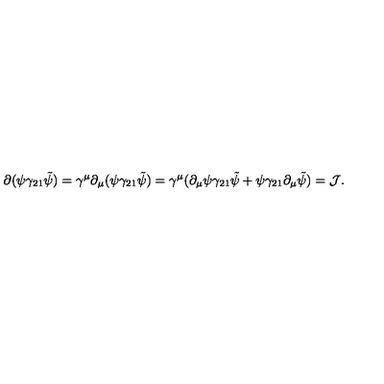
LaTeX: \partial ( \psi \gamma _ { 2 1 } \tilde { \psi } ) = \gamma ^ { \mu } \partial _ { \mu } ( \psi \gamma _ { 2 1 } \tilde { \psi } ) = \gamma ^ { \mu } ( \partial _ { \mu } \psi \gamma _ { 2 1 } \tilde { \psi } + \psi \gamma _ { 2 1 } \partial _ { \mu } \tilde { \psi } ) = { \cal J } .